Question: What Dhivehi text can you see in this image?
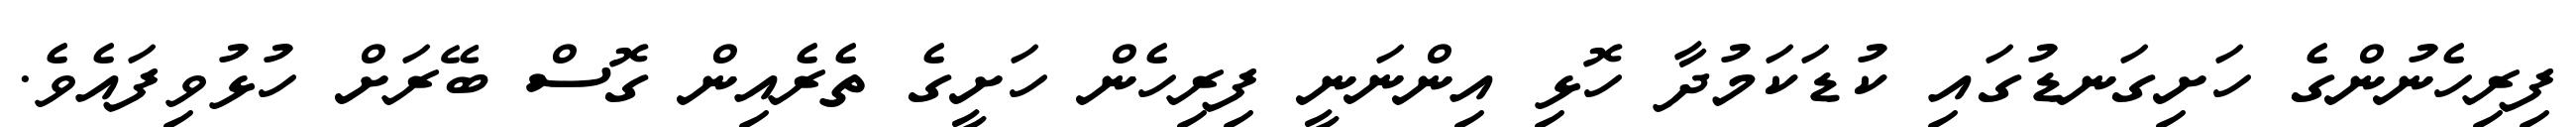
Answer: ފިރިހެނުންގެ ހަށިގަނޑުގައި ކުޑަކަމުދާ ހޮޅި އިންނަނީ ފިރިހެން ހަށީގެ ތެރެއިން ގޮސް ބޭރަށް ހުޅުވިފައެވެ.